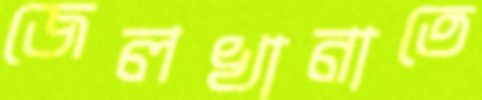
জেলখানাতে